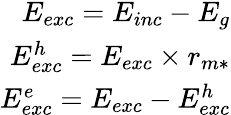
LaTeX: \begin{array}{r}{E_{exc}=E_{inc}-E_{g}}\\ {E_{exc}^{h}=E_{exc}\times r_{m*}}\\ {E_{exc}^{e}=E_{exc}-E_{exc}^{h}}\end{array}